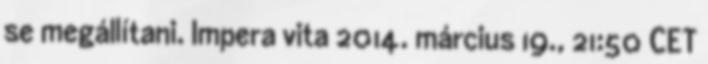
se megállítani. Impera vita 2014. március 19., 21:50 CET